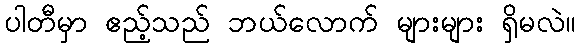
ပါတီမှာ ဧည့်သည် ဘယ်လောက် များများ ရှိမလဲ။